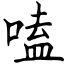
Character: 嗑